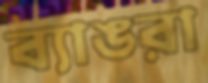
ব্যাঙরা